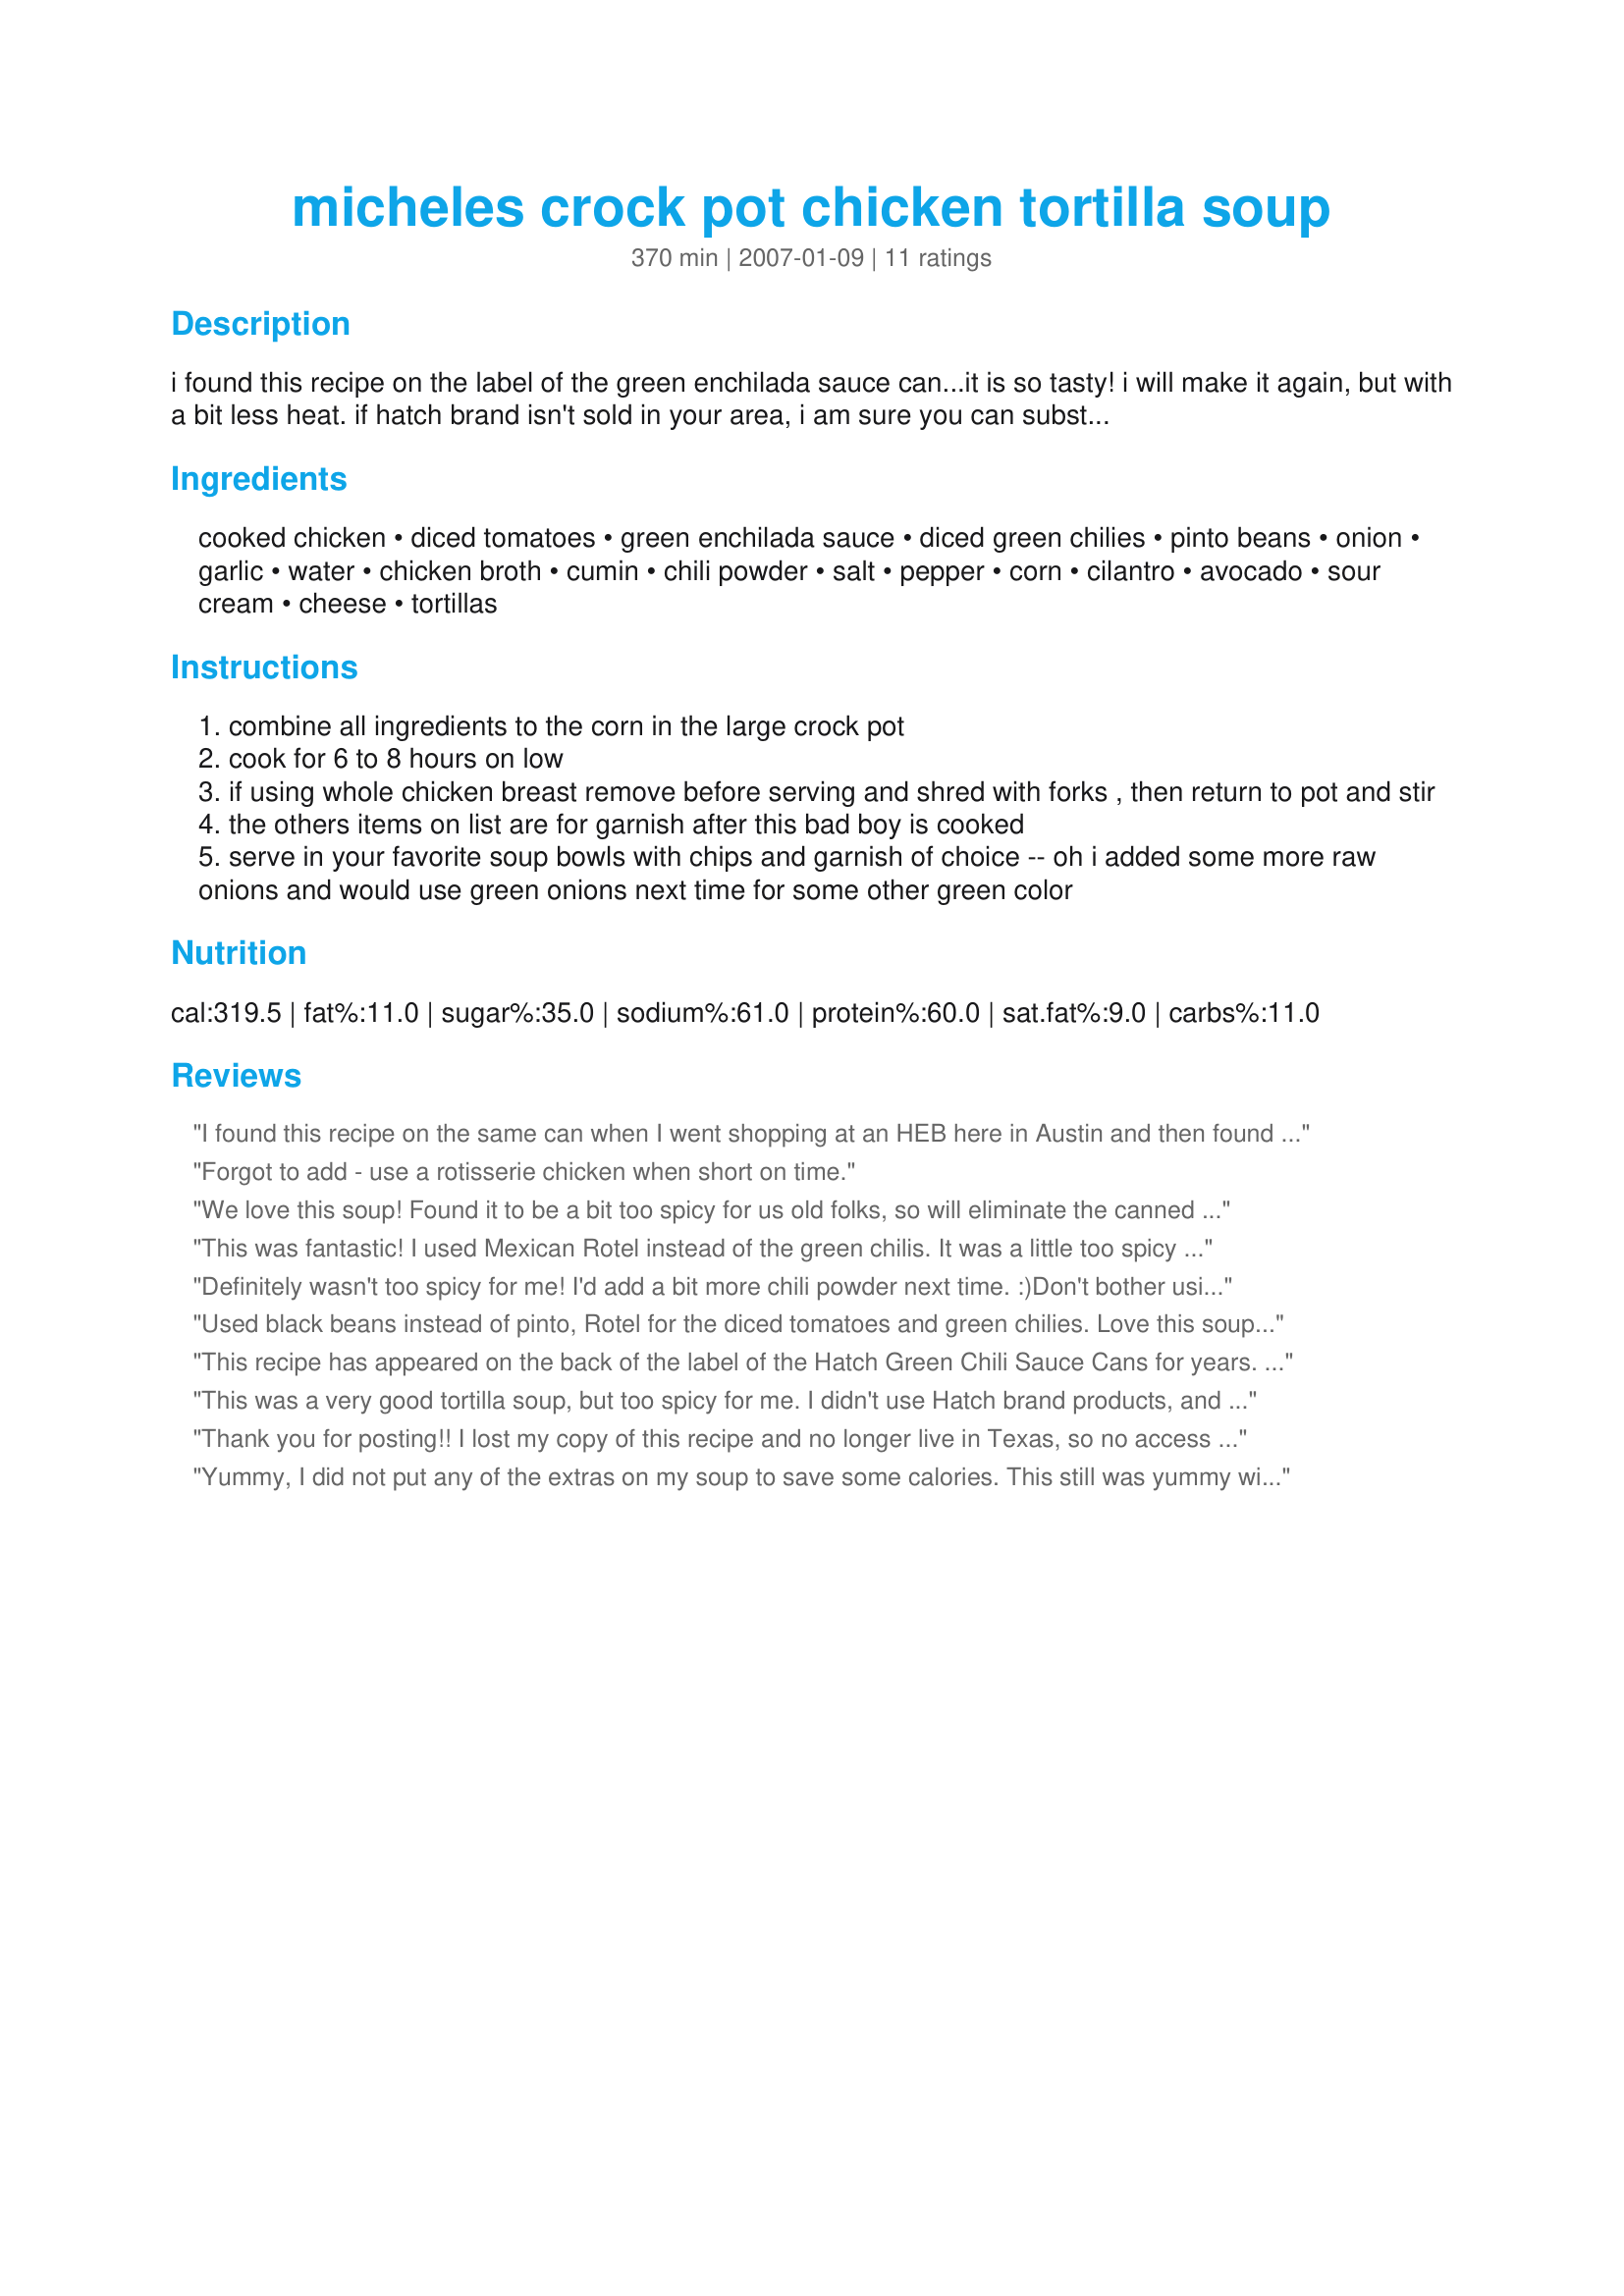
micheles crock pot chicken tortilla soup
Preparation time: 370 minutes

i found this recipe on the label of the green enchilada sauce can...it is so tasty! i will make it again, but with a bit less heat. if hatch brand isn't sold in your area, i am sure you can substitute others, i am just sad for you having to use inferior quality products! ;0)

Ingredients:
cooked chicken, diced tomatoes, green enchilada sauce, diced green chilies, pinto beans, onion, garlic, water, chicken broth, cumin, chili powder, salt, pepper, corn, cilantro, avocado, sour cream, cheese, tortillas

Steps:
combine all ingredients to the corn in the large crock pot
cook for 6 to 8 hours on low
if using whole chicken breast remove before serving and shred with forks , then return to pot and stir
the others items on list are for garnish after this bad boy is cooked
serve in your favorite soup bowls with chips and garnish of choice -- oh i added some more raw onions and would use green onions next time for some other green color

Reviews:
I found this recipe on the same can when I went shopping at an HEB here in Austin and then found it here. Michele's right - it is the tops. Delicious!!! It is so easy to make, including making your own tortilla strips to go in it for serving. And now to experiment with other ingredients. :)
Forgot to add - use a rotisserie chicken when short on time.
We love this soup! Found it to be a bit too spicy for us old folks, so will eliminate the canned chiles next time. I didn't have time to make it in the crock pot, so simmered it in a soup pot on stove top for an hour and a half. Perfect!
This was fantastic! I used Mexican Rotel instead of the green chilis. It was a little too spicy for the kids, but mom and dad loved it!
Definitely wasn't too spicy for me! I'd add a bit more chili powder next time. :)<br/>Don't bother using cooked chicken if it's not immediately on hand - I used chicken breasts straight out of the freezer and cooked on high for about 5 hours, and they were fine. Also, I wouldn't add the corn until an hour or so before serving, because if it's in there the full time it just turns to mush. Also also, I didn't want to make a special trip to the store for avocados, but that would have been a better idea. I think the avocado is the extra step that makes this soup perfect (e.g. definitely add some as garnish).<br/>In any case, though, it was really good.
Used black beans instead of pinto, Rotel for the diced tomatoes and green chilies. Love this soup! Added toppings, Sour Cream, Cheddar Cheese, Avocado, tortilla chips. Was so good with both had seconds! Spice level was just right - Mild to Medium. Even better the next day. Will be making this one again.
This recipe has appeared on the back of the label of the Hatch Green Chili Sauce Cans for years. It is really a great alternative to regular beef chili.
This was a very good tortilla soup, but too spicy for me. I didn't use Hatch brand products, and used "salsa verde" instead of enchilada sauce. It was supposed to be mild, but I guess it was spicier than I thought. Otherwise very nice, and very easy to make. I made it in a regular soup pot on the stove because I couldn't wait for a slow cooker. I didn't even cook the chicken first, I just cubed it raw and threw it in. The soup was yummy, in small amounts. I can't wait to make it again so I can fix the "heat".
Thank you for posting!! I lost my copy of this recipe and no longer live in Texas, so no access to Hatch brands :-(<br/>I almost always double this recipe - big hit at potlucks or freezes well. When serving with sour cream, avocado and tortilla chips, I rarely get complaints about it being too spicy.<br/>Instead of pinto beans, I prefer black beans. For anyone who hasn't tried it - you must!
Yummy, I did not put any of the extras on my soup to save some calories. This still was yummy without cheese.
I love this soup ! Many people seem to find it a bit spicy , but if you are like me and LIKE fire , use a can of Rotel with habaneros instead of the can of diced tomatoes . Ummm... perfect with a slice of avacado and some sour cream .
